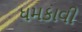
ધમકાવી